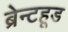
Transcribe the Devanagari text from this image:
ब्रेन्टहूड